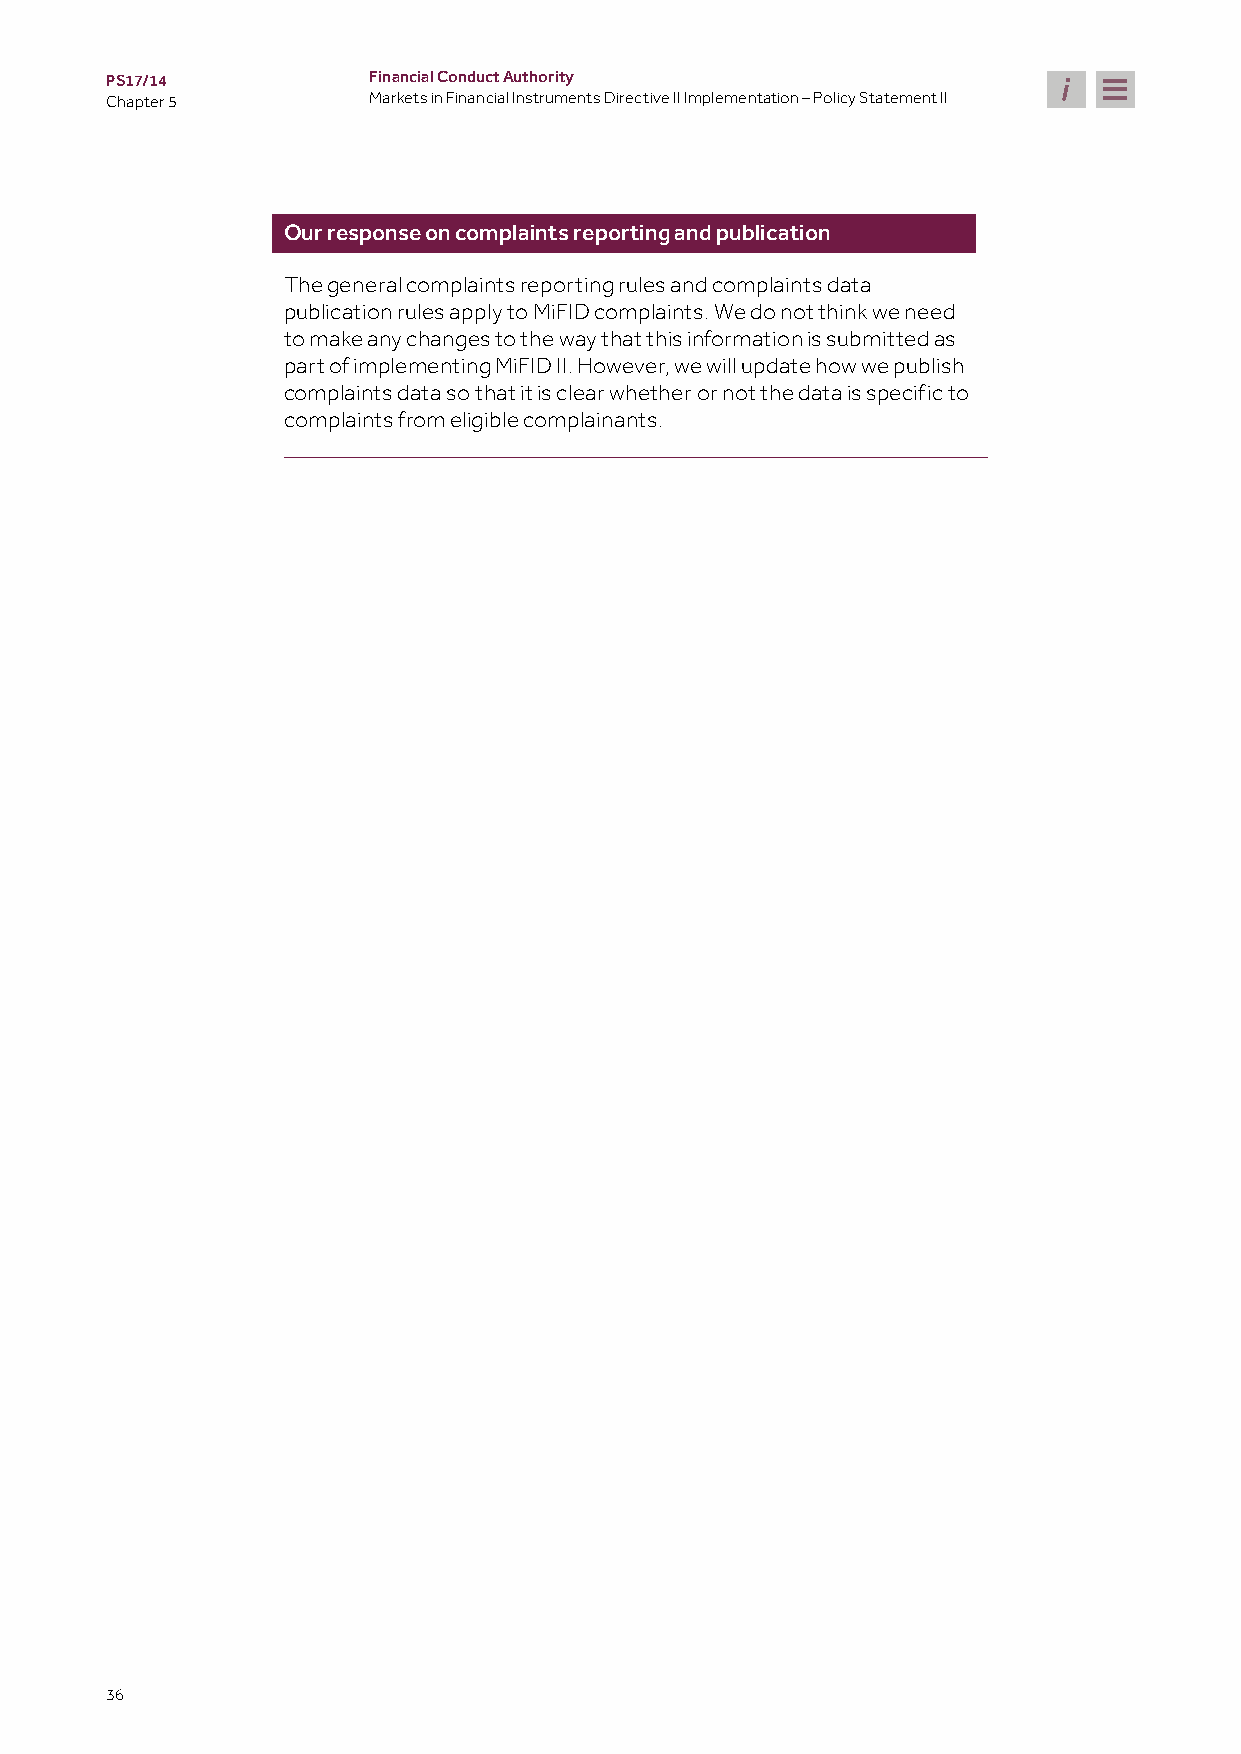
PS17/14          Financial Conduct Authority
 Chapter 5        Markets in Financial Instruments Directive II Implementation – Policy Statement II
 Our response on complaints reporting and publication
 The general complaints reporting rules and complaints data
 publication rules apply to MiFID complaints. We do not think we need
 to make any changes to the way that this information is submitted as
 part of implementing MiFID II. However, we will update how we publish
 complaints data so that it is clear whether or not the data is specific to
 complaints from eligible complainants.
 36